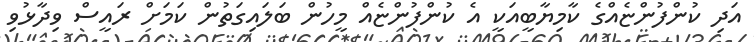
އަދި ކުންފުންޏެއްގެ ކާމިޔާބީއަކީ އެ ކުންފުންޏެއް މީހުން ބަލައިގަތުން ކަމަށް ރައީސް ވިދާޅުވި